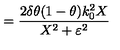
= \frac { 2 \delta \theta ( 1 - \theta ) k _ { 0 } ^ { 2 } X } { X ^ { 2 } + \varepsilon ^ { 2 } }